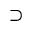
\supset